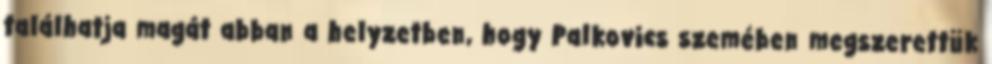
találhatja magát abban a helyzetben, hogy Palkovics szemében megszerettük